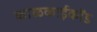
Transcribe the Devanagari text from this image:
काळकाईकोंड